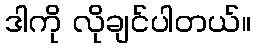
ဒါကို လိုချင်ပါတယ်။